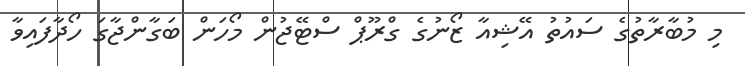
މި މުބާރާތުގެ ސައުތު އޭޝިއާ ޒޯނުގެ ގްރޫޕް ސްޓޭޖުން މޯހަން ބަގާންޖާގަ ހޯދާފައިވާ